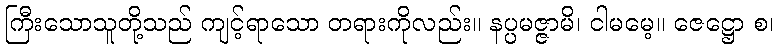
ကြီးသောသူတို့သည် ကျင့်ရာသော တရားကိုလည်း။ နပ္ပမဇ္ဇာမိ၊ ငါမမေ့။ ဇေဋ္ဌော စ၊